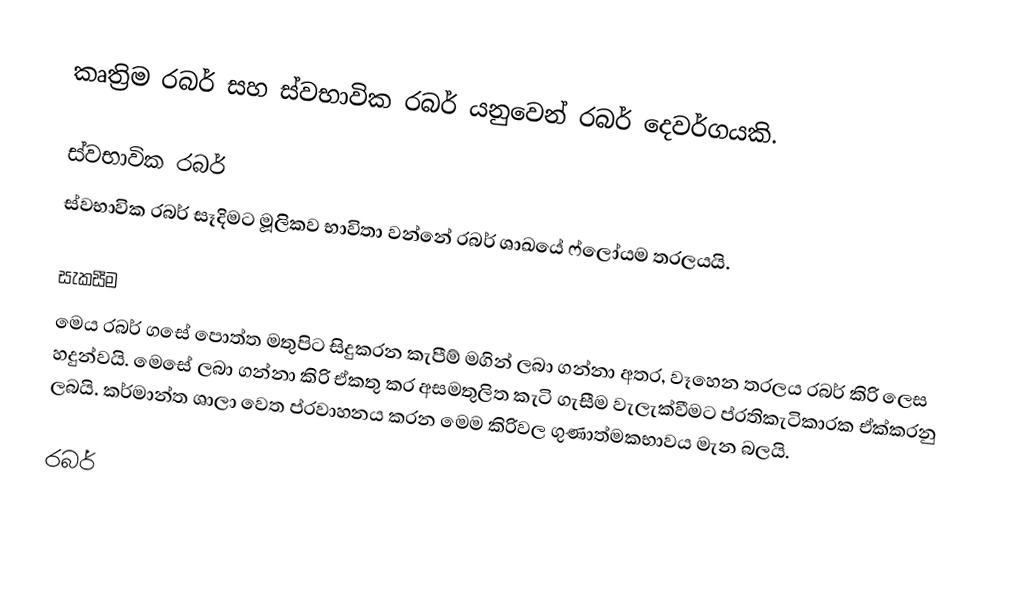
කෘත්‍රිම රබර් සහ ස්වභාවික රබර් යනුවෙන් රබර් දෙවර්ගයකි.

ස්වභාවික රබර්
ස්වභාවික රබර් සෑදිමට මූලිකව භාවිතා වන්නේ රබර් ශාඛයේ ෆ්ලෝයම තරලයයි.

සැකසීම
මෙය රබර් ගසේ පොත්ත මතුපිට සිදුකරන කැපීම් මගින් ලබා ගන්නා අතර, වෑහෙන තරලය රබර් කිරි ලෙස හදුන්වයි. මෙසේ ලබා ගන්නා කිරි ඒකතු කර අසමතුලිත කැටි ගැසීම වැලැක්වීමට ප්රතිකැටිකාරක ඒක්කරනු ලබයි. කර්මාන්ත ශාලා වෙත ප්රවාහනය කරන මෙම කිරිවල ගුණාත්මකභාවය මැන බලයි.

රබර්